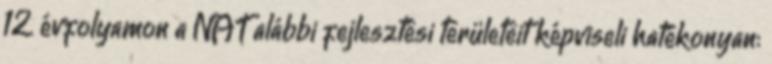
12. évfolyamon a NAT alábbi fejlesztési területeit képviseli hatékonyan: